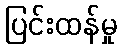
ပြင်းထန်မှု